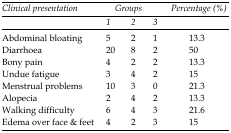
<table><thead><tr><td rowspan="2"><b><i>Clinical presentation</i></b></td><td colspan="3"><b><i>Groups</i></b></td><td rowspan="2"><b><i>Percentage (%)</i></b></td></tr><tr><td><b><i>1</i></b></td><td><b><i>2</i></b></td><td><b><i>3</i></b></td></tr></thead><tbody><tr><td>Abdominal bloating</td><td>5</td><td>2</td><td>1</td><td>13.3</td></tr><tr><td>Diarrhoea </td><td>20</td><td>8</td><td>2</td><td>50</td></tr><tr><td>Bony pain</td><td>4</td><td>2</td><td>2</td><td>13.3</td></tr><tr><td>Undue fatigue</td><td>3</td><td>4</td><td>2</td><td>15</td></tr><tr><td>Menstrual problems</td><td>10</td><td>3</td><td>0</td><td>21.3</td></tr><tr><td>Alopecia</td><td>2</td><td>4</td><td>2</td><td>13.3</td></tr><tr><td>Walking difficulty </td><td>6</td><td>4</td><td>3</td><td>21.6</td></tr><tr><td>Edema over face &amp; feet</td><td>4</td><td>2</td><td>3</td><td>15</td></tr></tbody></table>